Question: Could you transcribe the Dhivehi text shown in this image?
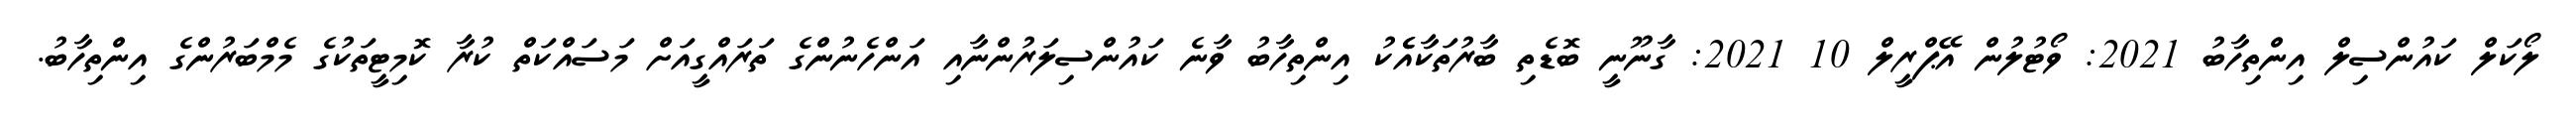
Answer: ލޯކަލް ކައުންސިލް އިންތިހާބު 2021: ވޯޓުލުން އޭޕްރީލް 10 2021: ގާނޫނީ ބޮޑެތި ބާރުތަކާއެެކު އިންތިހާބު ވާނެ ކައުންސިލަރުންނާއި އަންހެނުންގެ ތަރައްގީއަށް މަސައްކަތް ކުރާ ކޮމިޓީތަކުގެ މެމްބަރުންގެ އިންތިހާބު.